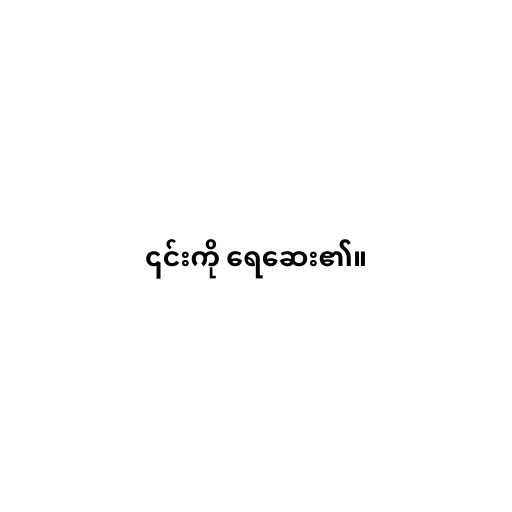
၎င်းကို ရေဆေး၏။